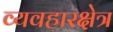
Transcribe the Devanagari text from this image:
व्यवहारक्षेत्र